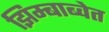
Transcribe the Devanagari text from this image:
झिम्बाब्वेत